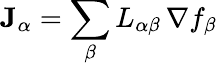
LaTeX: \mathbf{J}_{\alpha}=\sum_{\beta}L_{\alpha\beta}\, \nabla f_{\beta}